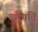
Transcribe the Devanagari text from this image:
व्यत्पति